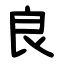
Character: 良